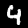
Digit: 4